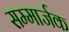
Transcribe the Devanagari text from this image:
सम्मार्जक